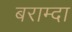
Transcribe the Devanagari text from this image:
बराम्दा